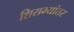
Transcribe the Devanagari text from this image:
शिराभ्यांतर